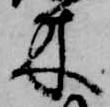
木